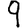
Digit: 9